Scottish Leaving Certificate Examination, 1952
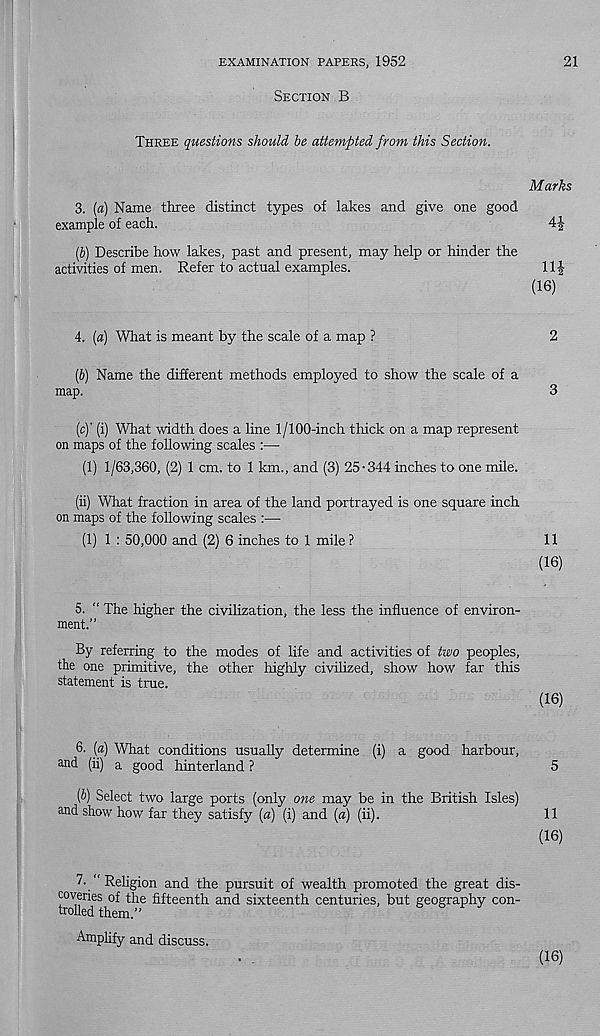
EXAMINATION PAPERS, 1952
21
SECTION B
THREE questions should be attempted from this Section.
Marks
3. [d) Name three distinct types of lakes and give one good
example of each.
(J) Describe how lakes, past and present, may help or hinder the
activities of men. Refer to actual examples.
11£
(16)
4. (#) What is meant by the scale of a map ?
2
(6) Name the different methods employed to show the scale of a
map.
3
(c)' (i) What width does a line 1/100-inch thick on a map represent
on maps of the following scales
(1) 1/63,360, (2) 1 cm. to 1 km., and (3) 25-344 inches to one mile.
(ii) What fraction in area of the land portrayed is one square inch
on maps of the following scales :—
(1) 1 : 50,000 and (2) 6 inches to 1 mile ?
11
(16)
5.
“ The higher the civilization, the less the influenc
ment.”
By referring to the modes of life and activities of two peoples,
the one primitive, the other highly civilized, show how far this
statement is true.
(16)
6.
[a) What conditions usually determine (i) a go
and (ii) a good hinterland ?
5
(£>) Select two large ports (only one may be in the British Isles)
and show how far they satisfy [a) (i) and (a) (ii).
11
(16)
7' ' Religion and the pursuit of wealth promoted the great dis-
coveries of the fifteenth and sixteenth centuries, but geography con-
trolled them.”
Amplify and discuss.
(16)